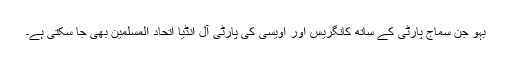
بہو جن سماج پارٹی کے ساتھ کانگریس اور اویسی کی پارٹی آل انڈیا اتحاد المسلمین بھی جا سکتی ہے۔